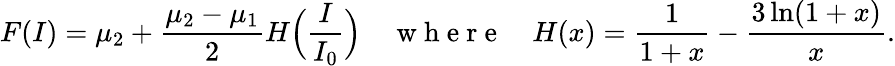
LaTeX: F(I)=\mu_{2}+\frac{\mu_{2}-\mu_{1}}{2}H\Big(\frac{I}{I_{0}}\Big)\quad\mathrm{~w~h~e~r~e~}\quad H(x)=\frac{1}{1+x}-\frac{3\ln(1+x)}{x}.